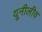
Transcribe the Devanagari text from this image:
यूनीलीव